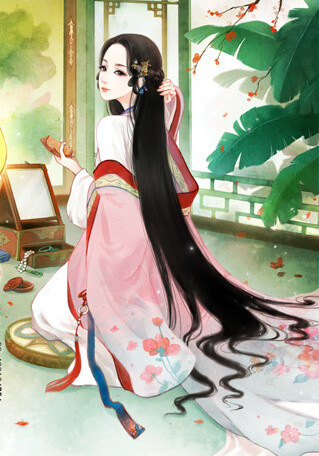
孤花片叶，断送清秋节。